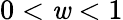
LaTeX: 0<\mathit{w}<1